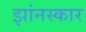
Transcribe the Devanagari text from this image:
झांनस्कार